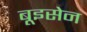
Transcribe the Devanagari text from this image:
बूइसेन